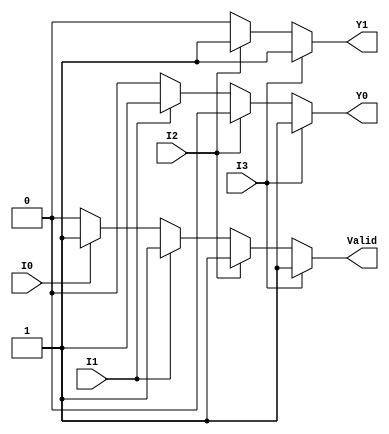
module priority_encoder_4_to_2 (
    input wire I0,  // Input line 0 (lowest priority)
    input wire I1,  // Input line 1
    input wire I2,  // Input line 2
    input wire I3,  // Input line 3 (highest priority)
    output reg Y1,  // Output line Y1
    output reg Y0,  // Output line Y0
    output reg Valid // Valid output
);

always @(*) begin
    // Default values
    Y1 = 0;
    Y0 = 0;
    Valid = 0;

    // Check inputs in order of priority
    if (I3) begin
        Y1 = 1;
        Y0 = 1;
        Valid = 1;
    end else if (I2) begin
        Y1 = 1;
        Y0 = 0;
        Valid = 1;
    end else if (I1) begin
        Y1 = 0;
        Y0 = 1;
        Valid = 1;
    end else if (I0) begin
        Y1 = 0;
        Y0 = 0;
        Valid = 1;
    end else begin
        // If all inputs are low, Valid remains 0
        Valid = 0;
    end
end

endmodule